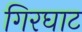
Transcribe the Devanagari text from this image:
गिरघाट